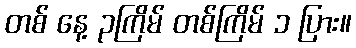
တစ် နေ့ ၃ကြိမ် တစ်ကြိမ် ၁ ပြား။